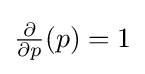
{\textstyle {\frac {\partial }{\partial p}}(p)=1}